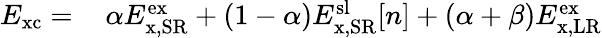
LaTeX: \begin{array}{rl}{E_{\mathrm{xc}}=\, }&{{}\alpha E_{\mathrm{x,SR}}^{\mathrm{ex}}+(1-\alpha)E_{\mathrm{x,SR}}^{\mathrm{sl}}[n]+(\alpha+\beta)E_{\mathrm{x,LR}}^{\mathrm{ex}}}\end{array}